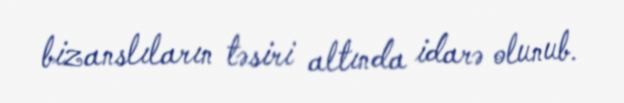
bizanslıların təsiri altında idarə olunub.